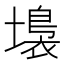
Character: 𡑩